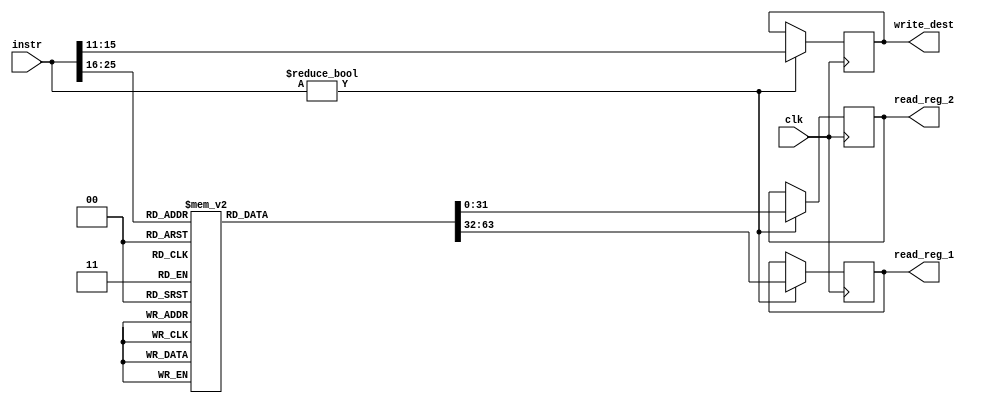
// `include "pa_fetch.v"

module decode (output reg [4:0]  write_dest,
               output reg [31:0] read_reg_1,
               output reg [31:0] read_reg_2,
               input [31:0]      instr,
               input             clk);

   reg [31:0]                    regfile [31:0];

   initial begin
    // inserting values into the register file
      regfile[00] = 00000000000000000000000000000000;
      regfile[01] = 11100010010000110111000010001100;
      regfile[02] = 00100000111000111000101110010001;
      regfile[03] = 01110110100111100101011001110101;
      regfile[04] = 01000011110101111110000000100000;
      regfile[05] = 11111010001000000011000001111011;
      regfile[06] = 10100011001111000100101100011011;
      regfile[07] = 10100110110001011011011010110011;
      regfile[08] = 00000011110000010000011011110000;
      regfile[09] = 01111011101111101001010100001001;
      regfile[10] = 00111010010110011110111111100010;
      regfile[11] = 10001110111011100010100110110011;
      regfile[12] = 00100110111000110101100001100011;
      regfile[13] = 00001000101111110111011101100101;
      regfile[14] = 00110010000100000110101011111010;
      regfile[15] = 11101000111010011010010110111010;
      regfile[16] = 10001101010001000100110001110010;
      regfile[17] = 10010000110011110010001100011010;
      regfile[18] = 10110101000000100111001101000001;
      regfile[19] = 00010101001010001110110110111111;
      regfile[20] = 10110100101010010000011100111101;
      regfile[21] = 10011100010100111001100010010100;
      regfile[22] = 01101010100101000000110001111010;
      regfile[23] = 10101110010101111111000101110011;
      regfile[24] = 01000001001100110110101000000000;
      regfile[25] = 10010011000011101100100111001100;
      regfile[26] = 10110111100011100010110100101000;
      regfile[27] = 11010001110001110001011110000011;
      regfile[28] = 01101011011011100010100100101111;
      regfile[29] = 00010101101111101100111011011111;
      regfile[30] = 01001000101011101111101100100010;
      regfile[31] = 11001100110101110101010001100010;
   end // initial begin

   always @ (posedge clk) begin
   // display decoded instruction. We only deal with add instruction,
   // so there is no check done to opcode to know how to split the
   // instruction depending on its type.
    $display("(:instr-decode (:instr %d :opcode %d :rs %d :rt %d :rd %d :funct %d))", instr,
        instr[31:26], instr[25:21], instr[20:16],
        instr[15:11], instr[5:0]);
        
    // passing values read from register file and write address of
    // result to next stage of pipeline.
    if (instr) begin
        read_reg_1 = regfile[instr[25:21]];
        read_reg_2 = regfile[instr[20:16]];
        write_dest = instr[15:11];
    end
   end
endmodule // decode

// module tb_decode;
//    wire [4:0]  write_dest;
//    wire [31:0] read_reg_1;
//    wire [31:0] read_reg_2;
//    wire [31:0] counter;
//    wire [31:0] instr;
//    reg         clk1;
//    reg         clk2;
// 
//    fetch m0(instr, counter, clk1);
//    decode m1(write_dest, read_reg_1, read_reg_2, instr, clk2);
// 
//    initial begin
//       clk1 = 0;
//       clk2 = 0;
//       #32 $finish;
//    end
// 
//    always #1 begin
//       clk1 = ~clk1;
//       clk2 = ~clk2;
//    end
// 
//    always #2 $strobe("(:write-dest %d :read-reg-1 %d :read-reg-2 %d)\n",
//               write_dest, read_reg_1, read_reg_2);
// endmodule // tb_decode